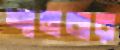
শানবার